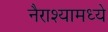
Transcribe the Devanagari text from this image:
नैराश्यामध्ये